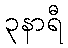
၃နာရီ